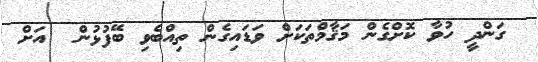
ގަންދީ ހުވާ ކޮށްގެން މަޤާމްތަކަށް ވަޑައިގެން ތިއްބެވި ބޭފުޅުން  އަށް